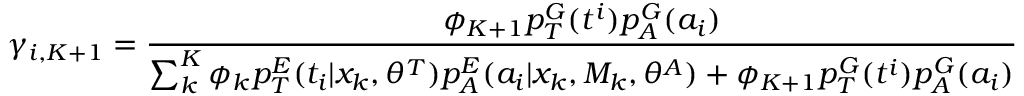
\gamma _ { i , K + 1 } = \frac { \phi _ { K + 1 } p _ { T } ^ { G } ( t ^ { i } ) p _ { A } ^ { G } ( a _ { i } ) } { \sum _ { k } ^ { K } \phi _ { k } p _ { T } ^ { E } ( t _ { i } | x _ { k } , \theta ^ { T } ) p _ { A } ^ { E } ( a _ { i } | x _ { k } , M _ { k } , \theta ^ { A } ) + \phi _ { K + 1 } p _ { T } ^ { G } ( t ^ { i } ) p _ { A } ^ { G } ( a _ { i } ) }